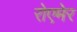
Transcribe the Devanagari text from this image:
रोएमेर